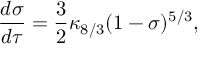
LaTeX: \frac { d \sigma } { d \tau } = \frac { 3 } { 2 } \kappa _ { 8 / 3 } ( 1 - \sigma ) ^ { 5 / 3 } ,